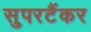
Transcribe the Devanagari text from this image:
सुपरटैंकर